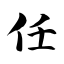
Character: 任